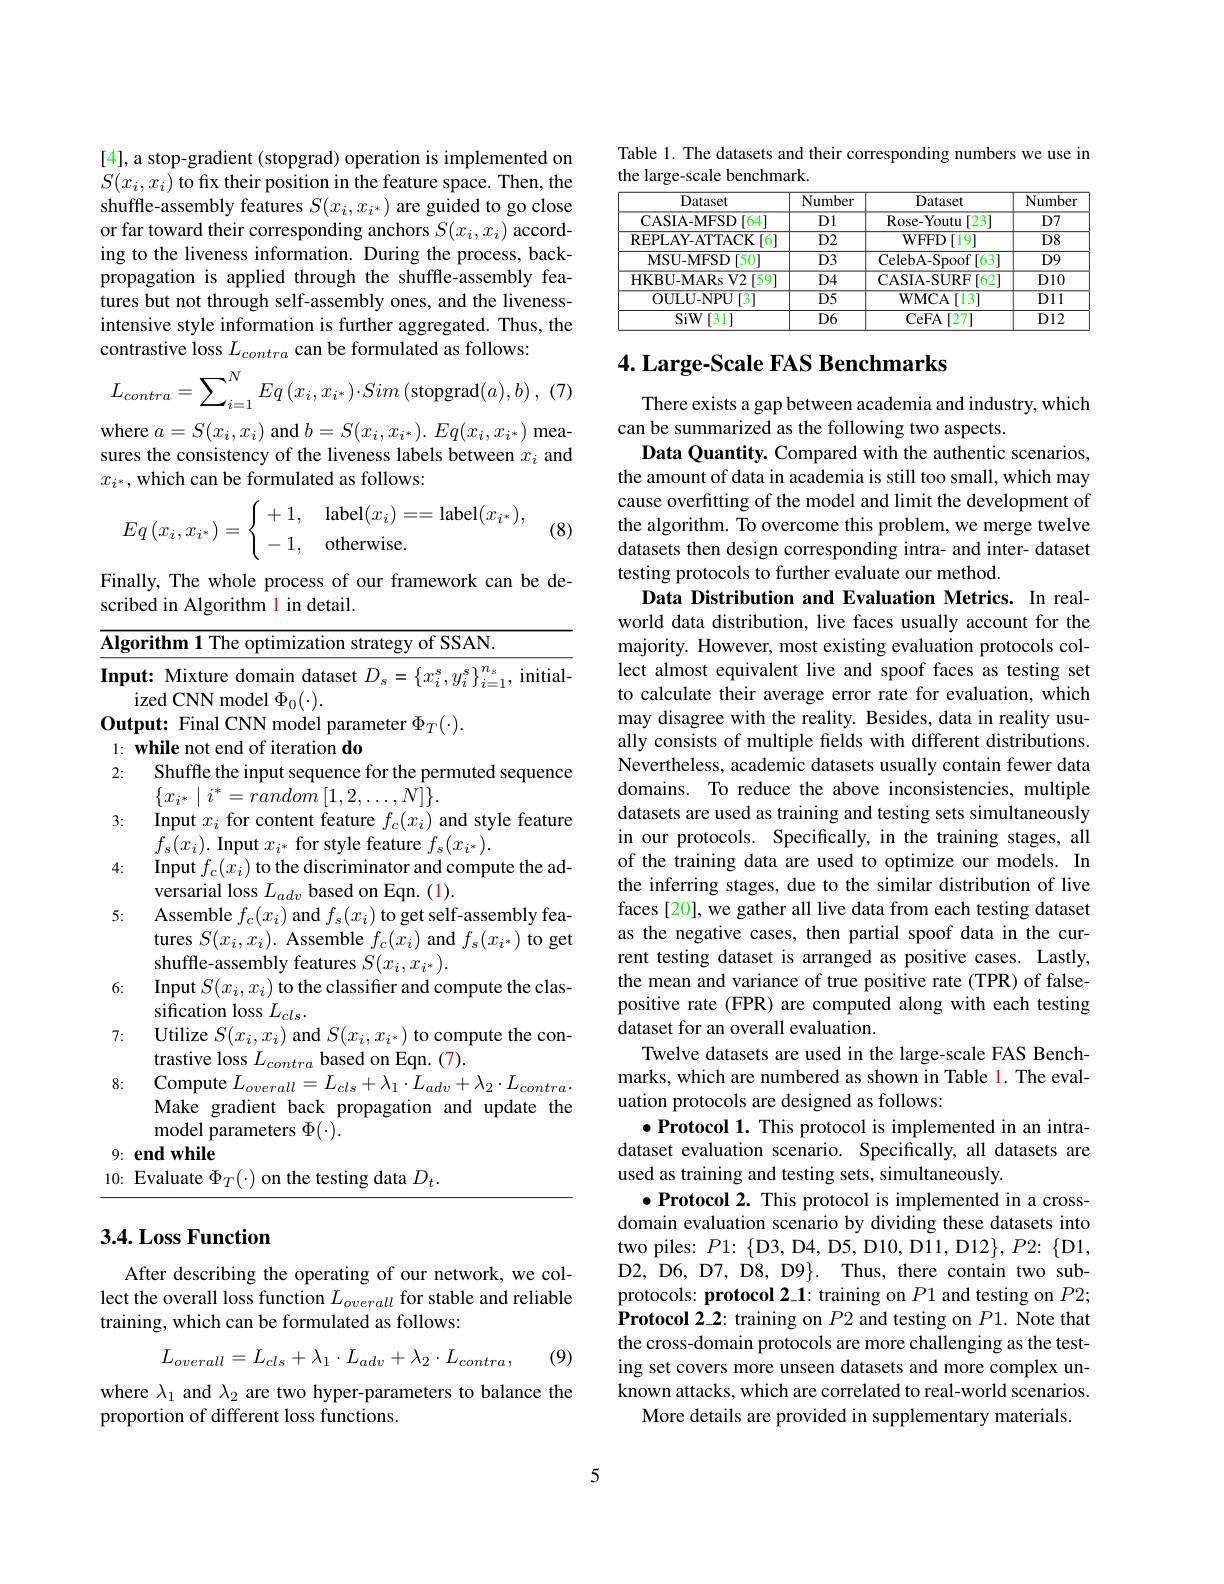
[4], a stop-gradient (stopgrad) operation is implemented on $S(x_i,x_i)$ to fix their position in the feature space. Then, the shuffle-assembly features $S(x_i,x_{i^*})$ are guided to go close or far toward their corresponding anchors $S(x_i,x_i)$ according to the liveness information. During the process, backpropagation is applied through the shuffle-assembly features but not through self-assembly ones, and the livenessintensive style information is further aggregated. Thus, the contrastive loss $L_{contra}$ can be formulated as follows:
$$L_{contra}=\sum_{i=1}^{N}Eq\left(x_{i},x_{i^{*}}\right)\cdot Sim\left(\mathrm{stopgrad}(a),b\right),$$
where $a=S(x_{i},x_{i})$ and $b=S(x_{i},x_{i^{*}}).Eq(x_{i},x_{i^{*}})$ measures the consistency of the liveness labels between $x_i$ and $x_{i^*}$,which can be formulated as follows:
$$Eq\left(x_i,x_{i^*}\right)=\left\{\begin{array}{ll}+1,&\text{label}(x_i)==\text{label}(x_{i^*}),\\-1,&\text{otherwise.}\end{array}\right.$$
(8)

Finally, The whole process of our framework can be de-
scribed in Algorithm l in detail.

<table>
	<tbody>
		<tr>
			<th>$\overline{\mathbf{Alg}}$</th>
			<th>rithm 1 The optimization strategy of SSAN.</th>
		</tr>
		<tr>
			<td>Inpu</td>
			<td>$\textbf{ut: Mixture domain dataset }D_{s}= \left \{ x_{i}^{s}, y_{i}^{s}\right \} _{i= 1}^{n_{s}}$, initial- ized CNN model $\Phi_{0}(\cdot).$</td>
		</tr>
		<tr>
			<td>$0ut$ </td>
			<td>Me te $\mathbf{h}_{m}(\ldots)$</td>
		</tr>
		<tr>
			<td>1:</td>
			<td>ation do</td>
		</tr>
		<tr>
			<td>2:</td>
			<td>Shuffle the input sequence for the permuted sequence $\{ x_{i^{* }}\mid i^{* }= random$ $[ 1, 2, \ldots , N] \} .$</td>
		</tr>
		<tr>
			<td>3:</td>
			<td>Input $x_i$ for content feature $f_{c}(x_{i})$ and style feature $r\left(r_{\cdot}\right)$Innut$r_{\cdot\cdot\cdot}$ rla 14 $f_{\mathrm{onturo}}$ $\textbf{。f}\left ( r\cdots \right )$</td>
		</tr>
		<tr>
			<td>4:</td>
			<td>Input $f_{c}(x_{i})$ to the discriminator and compute the ad-</td>
		</tr>
		<tr>
			<td>5:</td>
			<td>Assemble $f_{c}(x_{i})$ and $f_{s}(x_{i})$ to get self-assembly fea tures $S(x_{i},x_{i}).$ Assemble $f_{c}(x_{i})$ and $f_{s}(x_{i^{*}})$ to ge shuffle-assembly features $S(x_i,x_{i^*}).$</td>
		</tr>
		<tr>
			<td>6:</td>
			<td>Input $S(x_{i},x_{i})$ to the classifier and compute the clas sification loss $L_cls.$</td>
		</tr>
		<tr>
			<td>7:</td>
			<td>Utilize $S(x_{i},x_{i})$ and $S(x_{i},x_{i^{*}})$ to compute the con- trastive loss $L_contra$ based on Eqn. (7).</td>
		</tr>
		<tr>
			<td>8:</td>
			<td>Compute $L_{overall}= L_{cls}+ \lambda _{1}\cdot L_{adv}+ \lambda _{2}\cdot L_{contra}$ Make gradient back propagation and update the ${\mathrm{model~parameters~}}\Phi(\cdot).$</td>
		</tr>
		<tr>
			<td>9:</td>
			<td>${\mathbf{end}}{\mathbf{while}}$</td>
		</tr>
		<tr>
			<td>10:</td>
			<td>dafa 111</td>
		</tr>
	</tbody>
</table>

## 3.4. Loss Function

After describing the operating of our network, we collect the overall loss function $L_{overall}$ for stable and reliable training, which can be formulated as follows:
$$L_{overall}=L_{cls}+\lambda_{1}\cdot L_{adv}+\lambda_{2}\cdot L_{contra},$$
(9)

where $\lambda_1$ and $\lambda_2$ are two hyper-parameters to balance the
proportion of different loss functions.

Table 1. The datasets and their corresponding numbers we use in
the large-scale benchmark.

<table>
	<tbody>
		<tr>
			<th>Dataset</th>
			<th>Number</th>
			<th>Dataset</th>
			<th>Number</th>
		</tr>
		<tr>
			<td>CASIA- MFSD[64]</td>
			<td>D1</td>
			<td>Rose-Youtu [23]</td>
			<td>$D7$</td>
		</tr>
		<tr>
			<td>REPLAY- ATTACK$\left [ 6\right ]$</td>
			<td>$\overline{D2}$</td>
			<td>WFFD$\left [ 19\right ]$</td>
			<td>$\overline{D8}$</td>
		</tr>
		<tr>
			<td>MSU-MFSD )[50]</td>
			<td>$D3$</td>
			<td>CelebA- Spoof $f[63^{-}$</td>
			<td>$D9$</td>
		</tr>
		<tr>
			<td>HKBU- MARsV2[59]</td>
			<td>$D4$</td>
			<td>$\overline{{\mathrm{CASIA-SURF}}}[62]$</td>
			<td>$D10$</td>
		</tr>
		<tr>
			<td>OULU- NPU [ 3] </td>
			<td>$\overline{D5}$</td>
			<td>$\mathbf{WMCA}[13]$</td>
			<td>$\overline{D11}$</td>
		</tr>
		<tr>
			<td>SiW[ 31] </td>
			<td>$D6$</td>
			<td>CeFA [27]</td>
			<td>$D12$</td>
		</tr>
	</tbody>
</table>

# $4. \textbf{ Large- Scale FAS Benchmarks}$

There exists a gap between academia and industry, which
can be summarized as the following two aspects.
Data Quantity. Compared with the authentic scenarios, the amount of data in academia is still too small, which may cause overfitting of the model and limit the development of the algorithm. To overcome this problem, we merge twelve datasets then design corresponding intra- and inter- dataset testing protocols to further evaluate our method.
Data Distribution and Evaluation Metrics. In realworld data distribution, live faces usually account for the majority. However, most existing evaluation protocols collect almost equivalent live and spoof faces as testing set to calculate their average error rate for evaluation, which may disagree with the reality. Besides, data in reality usually consists of multiple fields with different distributions. Nevertheless, academic datasets usually contain fewer data domains. To reduce the above inconsistencies, multiple datasets are used as training and testing sets simultaneously in our protocols. Specifically, in the training stages, all of the training data are used to optimize our models. In the inferring stages, due to the similar distribution of live faces [20], we gather all live data from each testing dataset as the negative cases, then partial spoof data in the current testing dataset is arranged as positive cases. Lastly, the mean and variance of true positive rate (TPR) of falsepositive rate (FPR) are computed along with each testing dataset for an overall evaluation.
Twelve datasets are used in the large-scale FAS Benchmarks, which are numbered as shown in Table l. The evaluation protocols are designed as follows:
$\bullet$ Protocol 1. This protocol is implemented in an intradataset evaluation scenario. Specifically, all datasets are used as training and testing sets, simultaneously.
$\bullet$ Protocol 2. This protocol is implemented in a crossdomain evaluation scenario by dividing these datasets into two piles: $P1:\{$D3, D4, D5, D10, D11, D12$\},P2:\{$D1, D2, D6, D7, D8, D99$\} .$ Thus, there contain two subprotocols: protocol 2\_1: training on $P1$ and testing on $P2;$ Protocol 2\_2: training on $P2$ and testing on $P1.$ Note that the cross-domain protocols are more challenging as the testing set covers more unseen datasets and more complex unknown attacks, which are correlated to real-world scenarios
More details are provided in supplementary materials

5